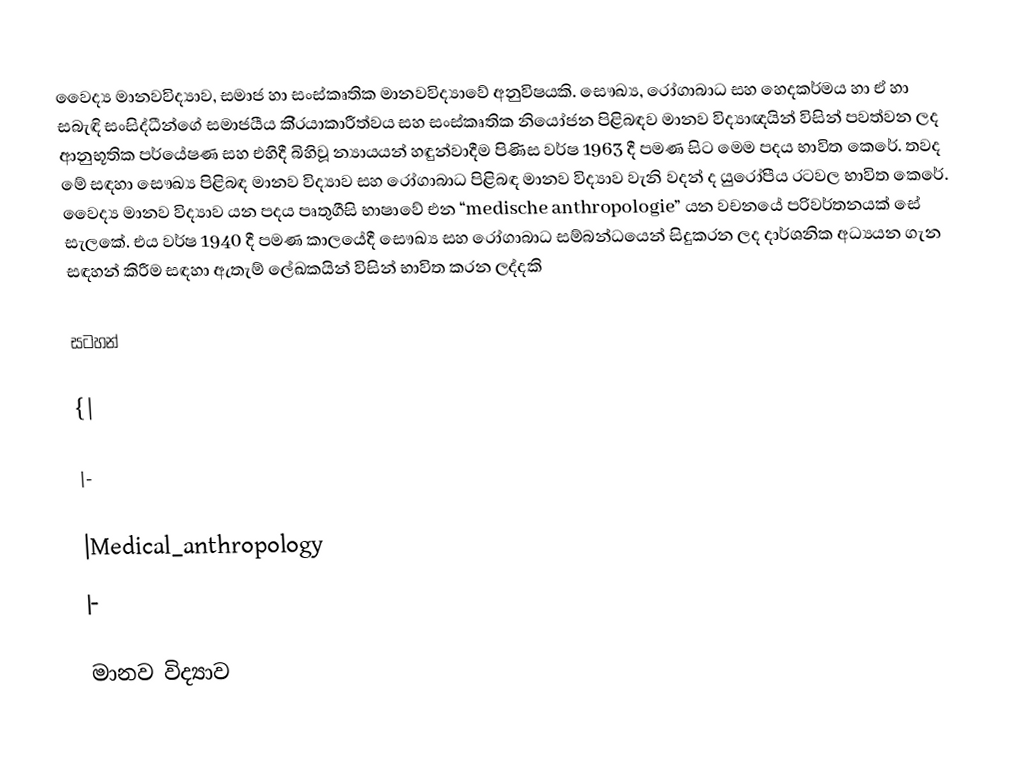
වෛද්‍ය මානවවිද්‍යාව, සමාජ හා සංස්කෘතික මානවවිද්‍යාවේ අනුවිෂයකි. සෞඛ්‍ය, රෝගාබාධ සහ හෙදකර්මය හා ඒ හා සබැඳි සංසිද්ධීන්ගේ සමාජයීය කි‍්‍රයාකාරීත්වය සහ සංස්කෘතික නියෝජන පිළිබඳව මානව විද්‍යාඥයින් විසින් පවත්වන ලද ආනුභූතික පර්යේෂණ සහ එහිදී බිහිවූ න්‍යායයන් හඳුන්වාදීම පිණිස වර්ෂ 1963 දී පමණ සිට  මෙම පදය භාවිත කෙරේ. තවද මේ සඳහා සෞඛ්‍ය පිළිබඳ මානව විද්‍යාව සහ රෝගාබාධ පිළිබඳ මානව විද්‍යාව වැනි වදන් ද යුරෝපීය රටවල භාවිත කෙරේ. වෛද්‍ය මානව විද්‍යාව යන පදය පෘතුගීසි භාෂාවේ එන “medische anthropologie” යන වචනයේ පරිවර්තනයක් සේ සැලකේ. එය වර්ෂ 1940 දී පමණ කාලයේදී සෞඛ්‍ය සහ රෝගාබාධ සම්බන්ධයෙන් සිදුකරන ලද දාර්ශනික අධ්‍යයන ගැන සඳහන් කිරීම සඳහා ඇතැම් ලේඛකයින් විසින් භාවිත කරන ලද්දකි

සටහන්

{|

|-

|Medical_anthropology
|-

මානව විද්‍යාව